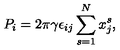
P _ { i } = 2 \pi \gamma \epsilon _ { i j } \sum _ { s = 1 } ^ { N } x _ { j } ^ { s } ,